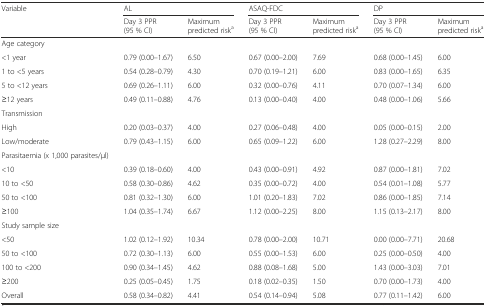
<table><thead><tr><td><b>Variable</b></td><td colspan="2"><b>AL</b></td><td colspan="2"><b>ASAQ-FDC</b></td><td colspan="2"><b>DP</b></td></tr><tr><td></td><td><b>Day 3 PPR (95 % CI)</b></td><td><b>Maximum predicted risk<sup>a</sup></b></td><td><b>Day 3 PPR (95 % CI)</b></td><td><b>Maximum predicted risk<sup>a</sup></b></td><td><b>Day 3 PPR (95 % CI)</b></td><td><b>Maximum predicted risk<sup>a</sup></b></td></tr></thead><tbody><tr><td>Age category</td><td></td><td></td><td></td><td></td><td></td><td></td></tr><tr><td>&lt;1 year</td><td>0.79 (0.00–1.67)</td><td>6.50</td><td>0.67 (0.00–2.00)</td><td>7.69</td><td>0.68 (0.00–1.45)</td><td>6.00</td></tr><tr><td>1 to &lt;5 years</td><td>0.54 (0.28–0.79)</td><td>4.30</td><td>0.70 (0.19–1.21)</td><td>6.00</td><td>0.83 (0.00–1.65)</td><td>6.35</td></tr><tr><td>5 to &lt;12 years</td><td>0.69 (0.26–1.11)</td><td>6.00</td><td>0.32 (0.00–0.76)</td><td>4.11</td><td>0.70 (0.07–1.34)</td><td>6.00</td></tr><tr><td>≥12 years</td><td>0.49 (0.11–0.88)</td><td>4.76</td><td>0.13 (0.00–0.40)</td><td>4.00</td><td>0.48 (0.00–1.06)</td><td>5.66</td></tr><tr><td>Transmission</td><td></td><td></td><td></td><td></td><td></td><td></td></tr><tr><td>High</td><td>0.20 (0.03–0.37)</td><td>4.00</td><td>0.27 (0.06–0.48)</td><td>4.00</td><td>0.05 (0.00–0.15)</td><td>2.00</td></tr><tr><td>Low/moderate</td><td>0.79 (0.43–1.15)</td><td>6.00</td><td>0.65 (0.09–1.22)</td><td>6.00</td><td>1.28 (0.27–2.29)</td><td>8.00</td></tr><tr><td>Parasitaemia (x 1,000 parasites/μl)</td><td></td><td></td><td></td><td></td><td></td><td></td></tr><tr><td>&lt;10</td><td>0.39 (0.18–0.60)</td><td>4.00</td><td>0.43 (0.00–0.91)</td><td>4.92</td><td>0.87 (0.00–1.81)</td><td>7.02</td></tr><tr><td>10 to &lt;50</td><td>0.58 (0.30–0.86)</td><td>4.62</td><td>0.35 (0.00–0.72)</td><td>4.00</td><td>0.54 (0.01–1.08)</td><td>5.77</td></tr><tr><td>50 to &lt;100</td><td>0.81 (0.32–1.30)</td><td>6.00</td><td>1.01 (0.20–1.83)</td><td>7.02</td><td>0.86 (0.00–1.85)</td><td>7.14</td></tr><tr><td>≥100</td><td>1.04 (0.35–1.74)</td><td>6.67</td><td>1.12 (0.00–2.25)</td><td>8.00</td><td>1.15 (0.13–2.17)</td><td>8.00</td></tr><tr><td>Study sample size</td><td></td><td></td><td></td><td></td><td></td><td></td></tr><tr><td>&lt;50</td><td>1.02 (0.12–1.92)</td><td>10.34</td><td>0.78 (0.00–2.00)</td><td>10.71</td><td>0.00 (0.00–7.71)</td><td>20.68</td></tr><tr><td>50 to &lt;100</td><td>0.72 (0.30–1.13)</td><td>6.00</td><td>0.55 (0.00–1.53)</td><td>6.00</td><td>0.25 (0.00–0.50)</td><td>4.00</td></tr><tr><td>100 to &lt;200</td><td>0.90 (0.34–1.45)</td><td>4.62</td><td>0.88 (0.08–1.68)</td><td>5.00</td><td>1.43 (0.00–3.03)</td><td>7.01</td></tr><tr><td>≥200</td><td>0.25 (0.05–0.45)</td><td>1.75</td><td>0.18 (0.02–0.35)</td><td>1.50</td><td>0.70 (0.00–1.73)</td><td>4.00</td></tr><tr><td>Overall</td><td>0.58 (0.34–0.82)</td><td>4.41</td><td>0.54 (0.14–0.94)</td><td>5.08</td><td>0.77 (0.11–1.42)</td><td>6.00</td></tr></tbody></table>